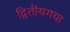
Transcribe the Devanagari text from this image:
द्वितीयगया